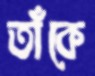
তাঁকে